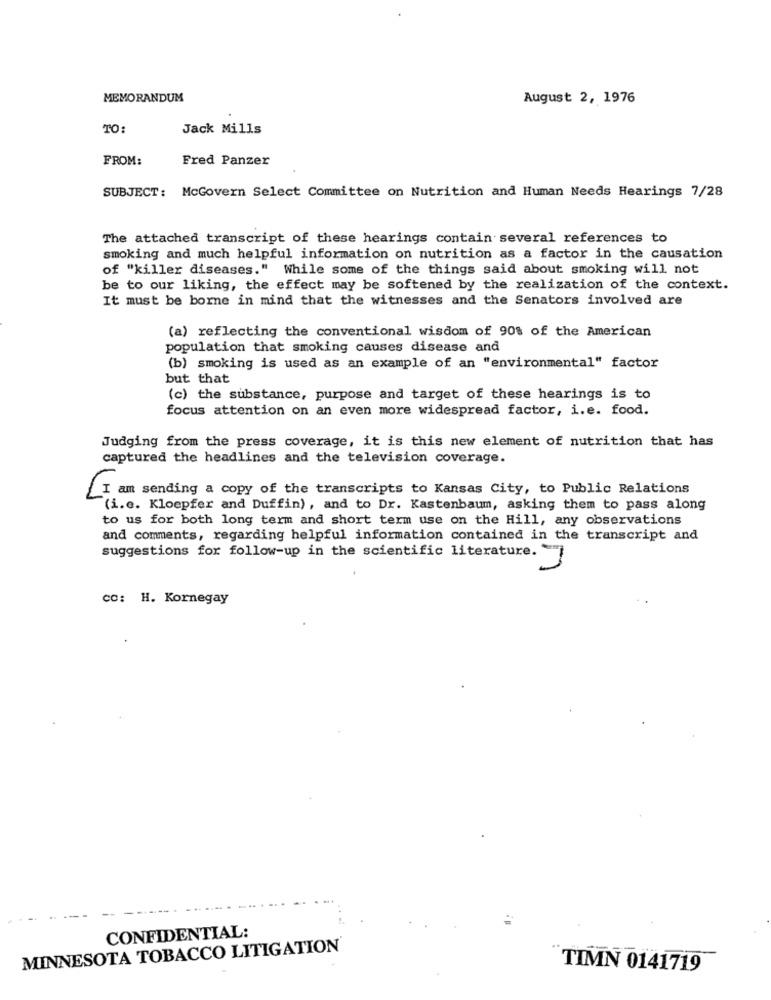
MEMORANDUM
August 2, 1976
TO:
Jack Mills
FROM:
Fred Panzer
SUBJECT: McGovern Select Committee on Nutrition and Human Needs Hearings 7/28
The attached transcript of these hearings contain several references to
smoking and much helpful information on nutrition as a factor in the causation
of "killer diseases." While some of the things said about smoking will not
be to our liking, the effect may be softened by the realization of the context.
It must be borne in mind that the witnesses and the Senators involved are
(a) reflecting the conventional wisdom of 90% of the American
population that smoking causes disease and
(b) smoking is used as an example of an "environmental" factor
but that
(c) the substance, purpose and target of these hearings is to
focus attention on an even more widespread factor, i.e. food.
Judging from the press coverage, it is this new element of nutrition that has
captured the headlines and the television coverage.
I am sending a copy of the transcripts to Kansas City, to Public Relations
(i.e. Kloepfer and Duffin), and to Dr. Kastenbaum, asking them to pass along
to us for both long term and short term use on the Hill, any observations
and comments, regarding helpful information contained in the transcript and
suggestions for follow-up in the scientific literature. "
cc: H. Kornegay
CONFIDENTIAL:
MINNESOTA TOBACCO LITIGATION
TIMN 0141719